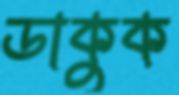
ডাকুক